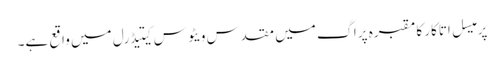
پرمیسل اتاکار کا مقبرہ پراگ میں مقدس ویٹوس کیتیڈرل میں واقع ہے۔